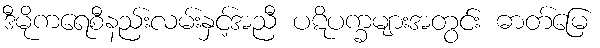
ဒီမိုကရေစီနည်းလမ်းနှင့်အညီ ပဋိပက္ခများအတွင်း ဓာတ်မြေ